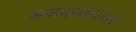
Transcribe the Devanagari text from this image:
भगदत्तानंतर